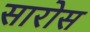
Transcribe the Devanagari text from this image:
सारोस